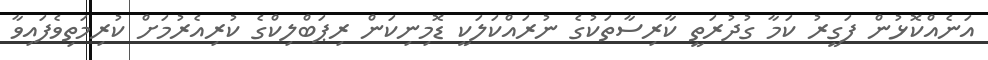
އަނެއްކޮޅުން ފަގީރު ކަމާ ގުދުރަތީ ކާރިސާތަކުގެ ނުރައްކަލަކީ ޑޮމިނިކަން ރިޕަބްލިކްގެ ކުރިއެރުމަށް ކުރިމަތިވެފައިވާ